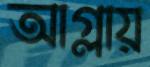
আগ্‌লায়